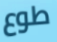
طوع